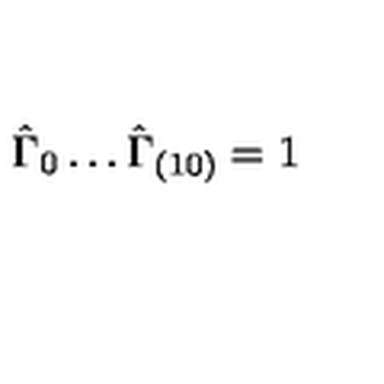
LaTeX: \hat { \Gamma } _ { 0 } \ldots \hat { \Gamma } _ { ( 1 0 ) } = 1